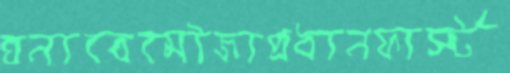
ঘনাবেমৌজাপ্রধানফার্স্ট